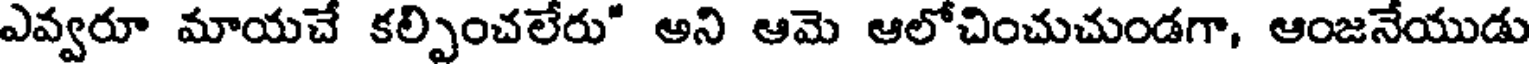
ఎవ్వరూ మాయచే కల్పించలేరు" అని ఆమె ఆలోచించుచుండగా, ఆంజనేయుడు